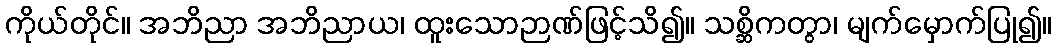
ကိုယ်တိုင်။ အဘိညာ အဘိညာယ၊ ထူးသောဉာဏ်ဖြင့်သိ၍။ သစ္ဆိကတွာ၊ မျက်မှောက်ပြု၍။